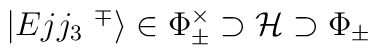
|Ejj_3\,\,^\mp\rangle\in\Phi^\times_\pm\supset{\mathcal H}\supset\Phi_\pm